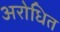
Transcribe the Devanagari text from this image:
अरोधित